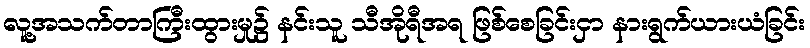
လူ့အသက်တာကြီးထွားမှု၌ နင်းသူ သီအိုရီအရ ဖြစ်စေခြင်းငှာ နားရွက်ယားယံခြင်း